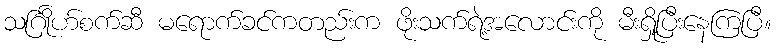
သင်္ဂြိုဟ်စက်ဆီ မရောက်ခင်ကတည်းက ဖိုးသက်ရဲ့အလောင်းကို မီးရှို့ပြီးနေကြပြီ။